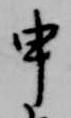
申